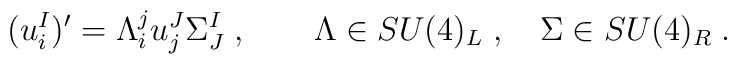
(u^I_i)'= \Lambda_i^ju_j^J\Sigma_J^I\;, \qquad \Lambda\in{SU}(4)_L\;, \quad\Sigma\in{SU}(4)_R\;.